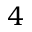
4